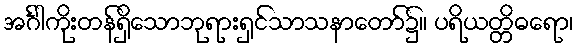
အင်္ဂါကိုးတန်ရှိသောဘုရားရှင်သာသနာတော်၌။ ပရိယတ္တိဓရော၊